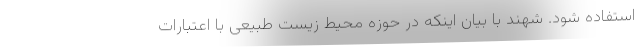
استفاده شود. شهند با بیان اینکه در حوزه محیط زیست طبیعی با اعتبارات